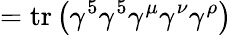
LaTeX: =\operatorname{tr}\left(\gamma^{5}\gamma^{5}\gamma^{\mu}\gamma^{\nu}\gamma^{\rho}\right)